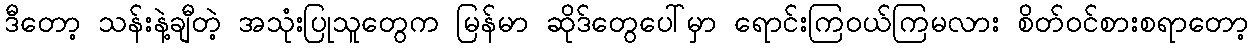
ဒီတော့ သန်းနဲ့ချီတဲ့ အသုံးပြုသူတွေက မြန်မာ ဆိုဒ်တွေပေါ်မှာ ရောင်းကြဝယ်ကြမလား စိတ်ဝင်စားစရာတော့